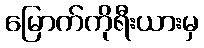
မြောက်ကိုရီးယားမှ